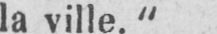
la ville.“